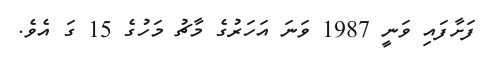
ފަށާފައި ވަނީ 1987 ވަނަ އަހަރުގެ މާޗު މަހުގެ 15 ގަ އެވެ.